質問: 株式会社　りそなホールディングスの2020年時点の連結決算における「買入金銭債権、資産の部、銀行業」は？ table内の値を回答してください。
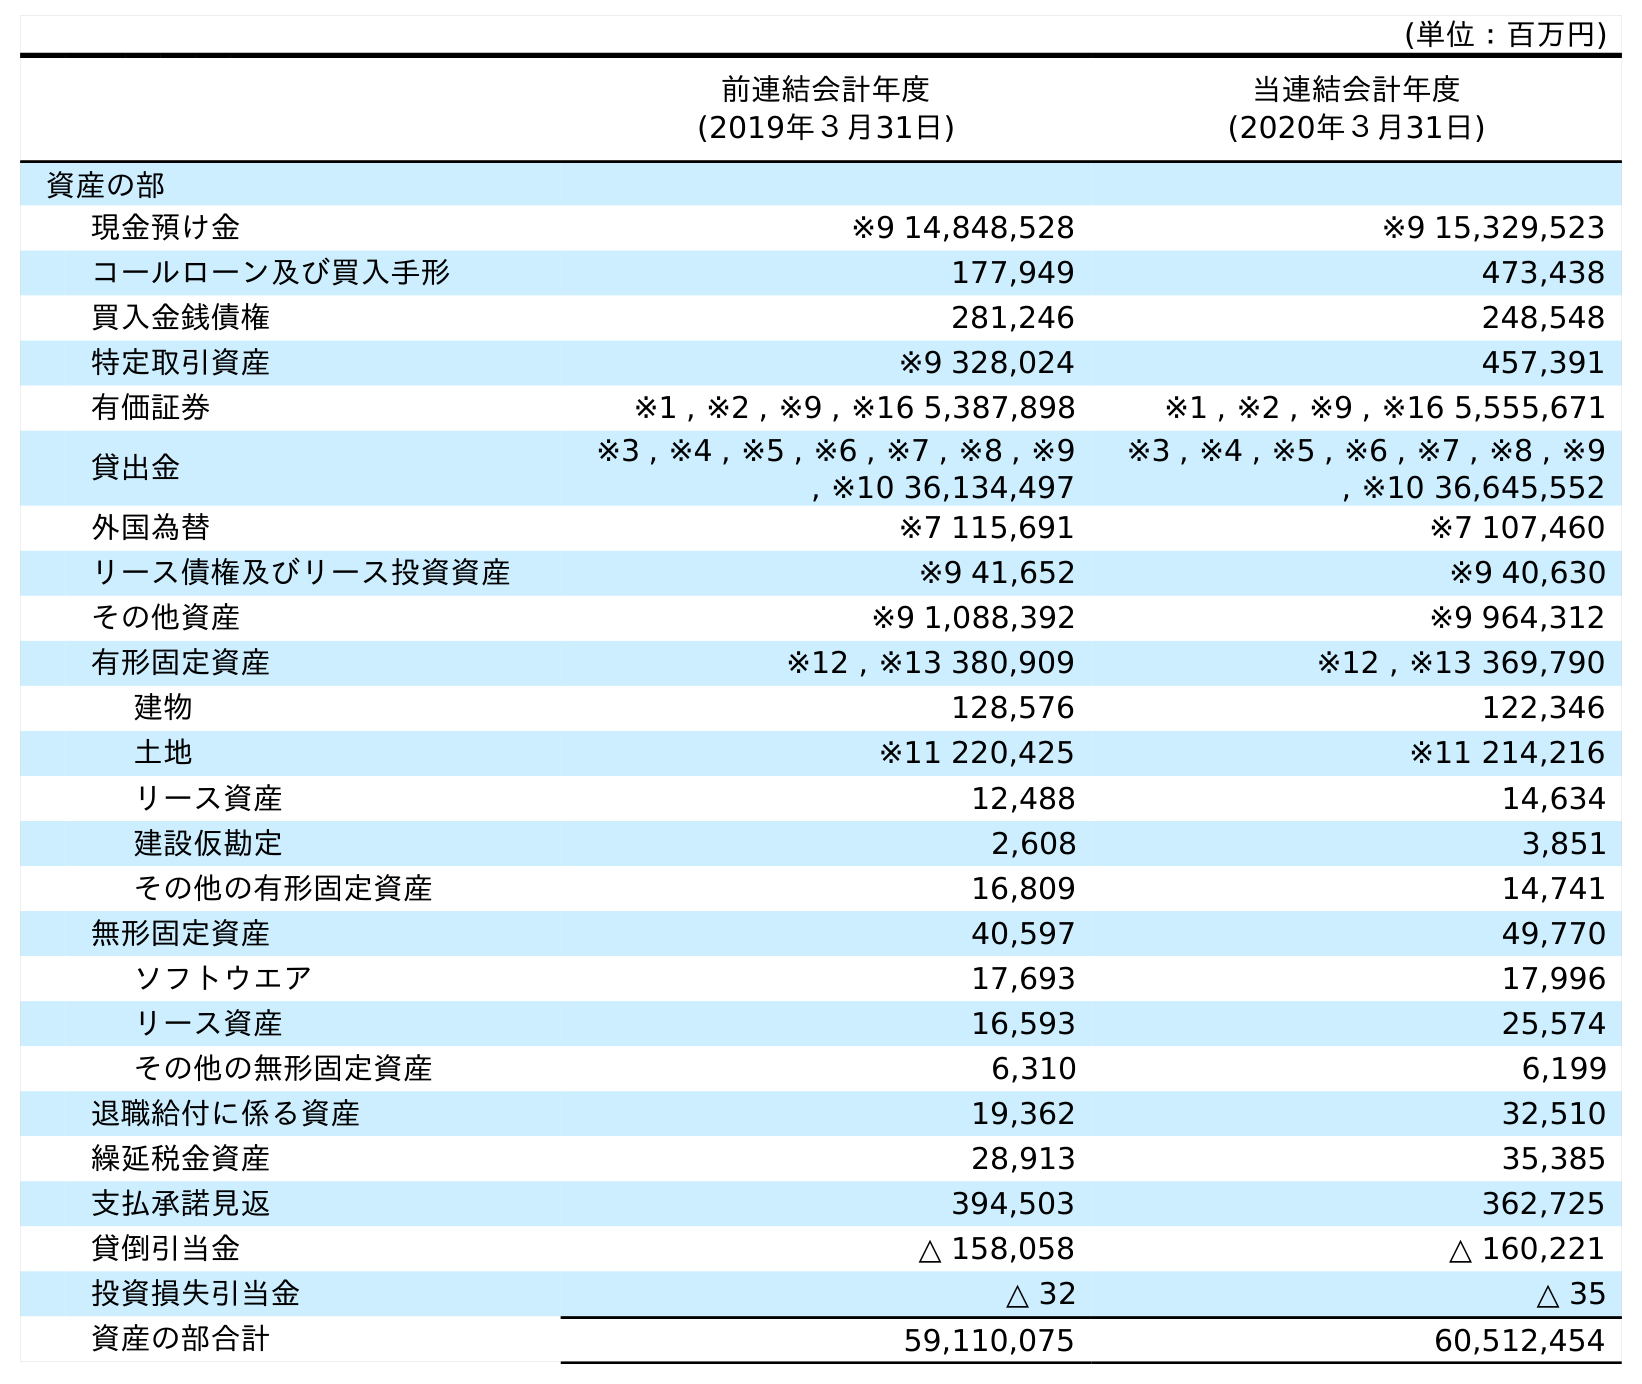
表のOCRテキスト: (単位：百万円) 前連結会計年度 (2019年３月31日) 当連結会計年度 (2020年３月31日) 資産の部 現金預け金 ※9 14,848,528 ※9 15,329,523 コールローン及び買入手形 177,949 473,438 買入金銭債権 281,246 248,548 特定取引資産 ※9 328,024 457,391 有価証券 ※1 , ※2 , ※9 , ※16 5,387,898 ※1 , ※2 , ※9 , ※16 5,555,671 貸出金 ※3 , ※4 , ※5 , ※6 , ※7 , ※8 , ※9 , ※10 36,134,497 ※3 , ※4 , ※5 , ※6 , ※7 , ※8 , ※9 , ※10 36,645,552 外国為替 ※7 115,691 ※7 107,460 リース債権及びリース投資資産 ※9 41,652 ※9 40,630 その他資産 ※9 1,088,392 ※9 964,312 有形固定資産 ※12 , ※13 380,909 ※12 , ※13 369,790 建物 128,576 122,346 土地 ※11 220,425 ※11 214,216 リース資産 12,488 14,634 建設仮勘定 2,608 3,851 その他の有形固定資産 16,809 14,741 無形固定資産 40,597 49,770 ソフトウエア 17,693 17,996 リース資産 16,593 25,574 その他の無形固定資産 6,310 6,199 退職給付に係る資産 19,362 32,510 繰延税金資産 28,913 35,385 支払承諾見返 394,503 362,725 貸倒引当金 △ 158,058 △ 160,221 投資損失引当金 △ 32 △ 35 資産の部合計 59,110,075 60,512,454
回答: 248,548